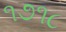
૧૭૧૮